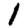
Digit: 1